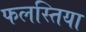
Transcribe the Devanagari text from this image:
फलस्तिया